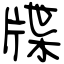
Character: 牒